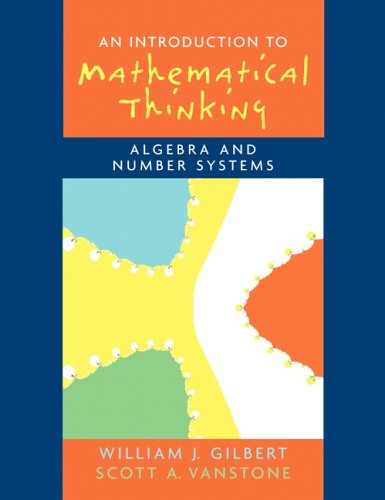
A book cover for Introduction to Mathematical Thinking: Algebra and Number Systems; Will J. Gilbert; Science & Math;